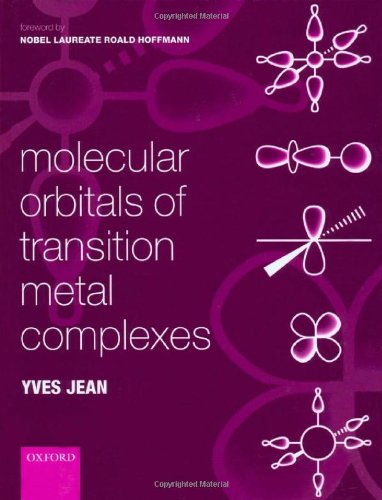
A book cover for Molecular Orbitals of Transition Metal Complexes; Yves Jean; Science & Math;